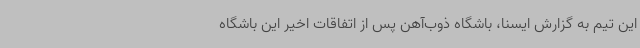
این تیم به گزارش ایسنا، باشگاه ذوب‌آهن پس از اتفاقات اخیر این باشگاه